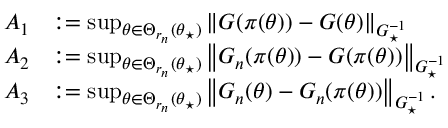
\begin{array} { r l } { A _ { 1 } } & { : = \operatorname* { s u p } _ { \theta \in \Theta _ { r _ { n } } ( \theta _ { \star } ) } \left\lVert G ( \pi ( \theta ) ) - G ( \theta ) \right\rVert _ { G _ { \star } ^ { - 1 } } } \\ { A _ { 2 } } & { : = \operatorname* { s u p } _ { \theta \in \Theta _ { r _ { n } } ( \theta _ { \star } ) } \left\lVert G _ { n } ( \pi ( \theta ) ) - G ( \pi ( \theta ) ) \right\rVert _ { G _ { \star } ^ { - 1 } } } \\ { A _ { 3 } } & { : = \operatorname* { s u p } _ { \theta \in \Theta _ { r _ { n } } ( \theta _ { \star } ) } \left\lVert G _ { n } ( \theta ) - G _ { n } ( \pi ( \theta ) ) \right\rVert _ { G _ { \star } ^ { - 1 } } . } \end{array}